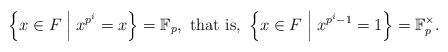
LaTeX: \begin{align*} \left\{ x \in F \; \middle| \; x^{p^{i}} = x \right\} = {\mathbb F}_p, \ \mbox{that is}, \ \left\{ x \in F \; \middle| \; x^{p^{i} - 1} = 1 \right\} = {\mathbb F}_p^{\times}. \end{align*}